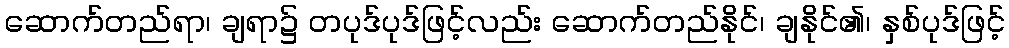
ဆောက်တည်ရာ၊ ချရာ၌ တပုဒ်ပုဒ်ဖြင့်လည်း ဆောက်တည်နိုင်၊ ချနိုင်၏၊ နှစ်ပုဒ်ဖြင့်